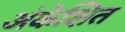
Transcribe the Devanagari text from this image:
अंकेक्षित